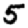
Digit: 5